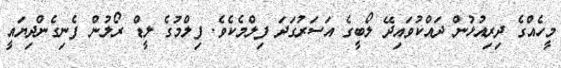
މީހެއްގެ ދިރިއުޅުން ދައްކުވައިދޭ ލޯބީގެ އަސަރުގަދަ ފިލްމެކެވެ. ފިލްމުގެ ލީޑް ރޯލުން ފެނިގެންދިޔައީ